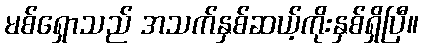
မစ်ရှောသည် အသက်နှစ်ဆယ့်ကိုးနှစ်ရှိပြီ။